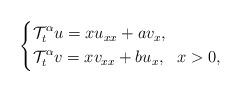
LaTeX: \begin{align*}\left\{\begin{aligned}&\mathcal{T}_t^\alpha u=xu_{xx}+av_x,\\&\mathcal{T}_t^\alpha v=xv_{xx}+bu_x, ~~x>0,\end{aligned}\right.\end{align*}